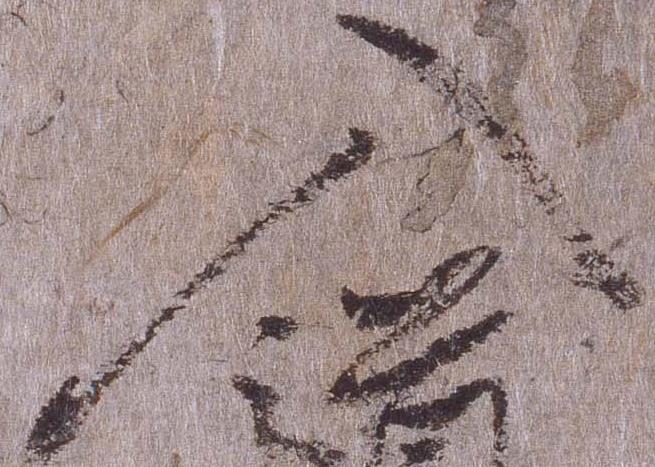
入